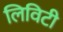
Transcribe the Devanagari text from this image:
लिविटी